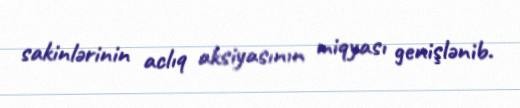
sakinlərinin aclıq aksiyasının miqyası genişlənib.